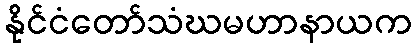
နိုင်ငံတော်သံဃမဟာနာယက